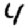
Digit: 4